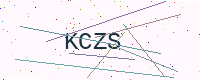
Text: KCZS